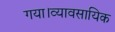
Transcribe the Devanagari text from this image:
गया।व्यावसायिक